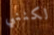
لكنني